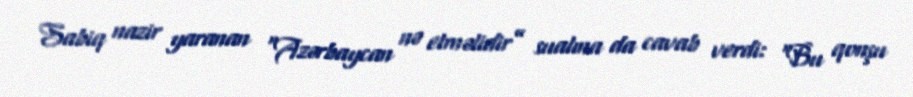
Sabiq nazir yaranan “Azərbaycan nə etməlidir” sualına da cavab verdi: “Bu qonşu